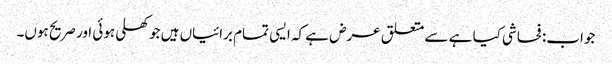
جواب: فحاشی کیا ہے سے متعلق عرض ہے کہ ایسی تمام برائیاں ہیں جو کھلی ہوئی اور صریح ہوں۔